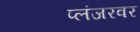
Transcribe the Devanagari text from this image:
प्लंजरवर